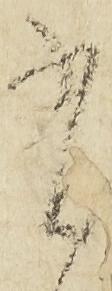
有